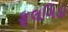
ફૂલગિડા